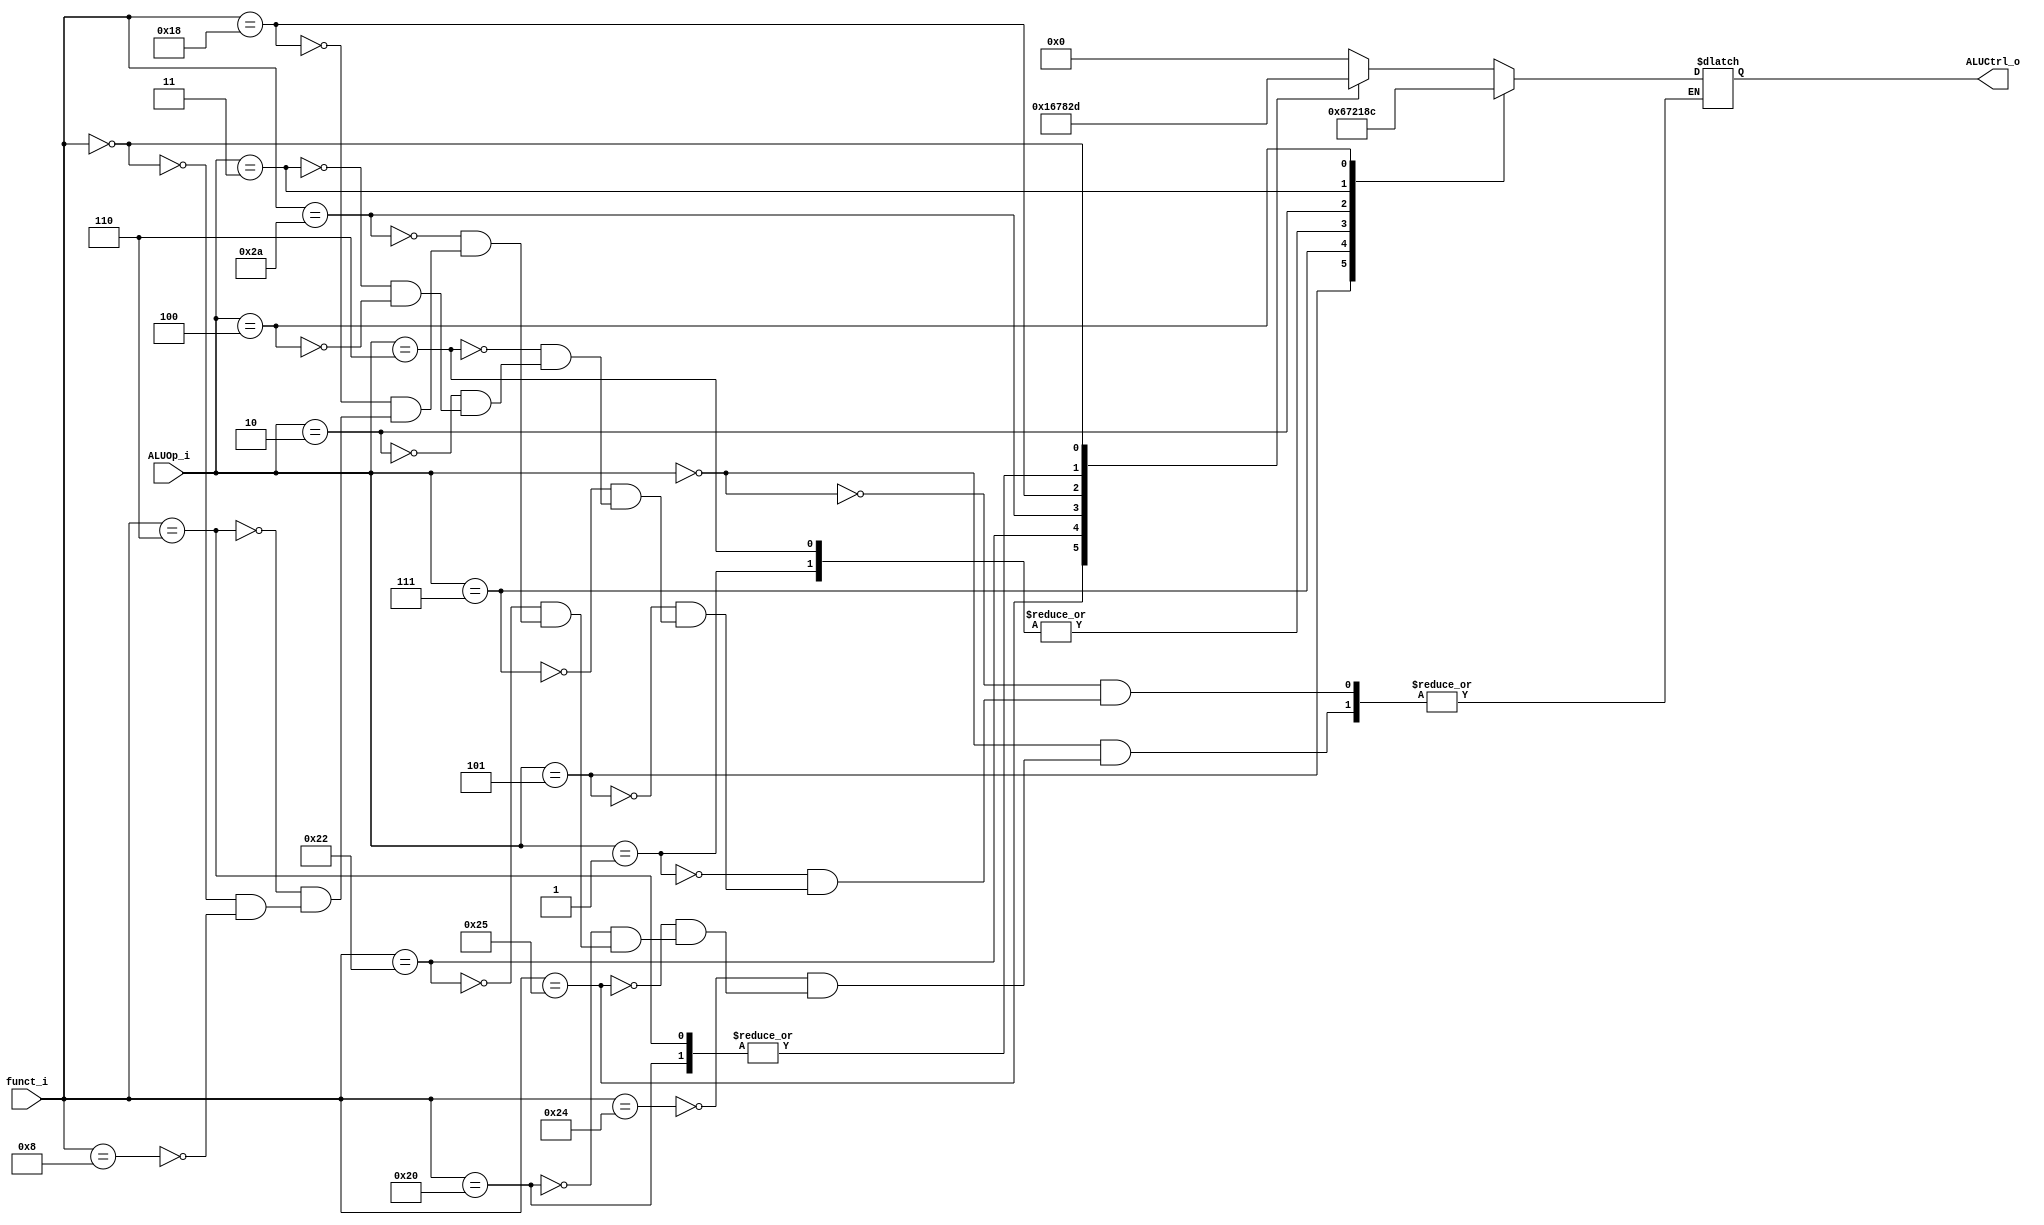
// Hu Dongyao(|) 0340191

//Subject:     CO project 2 - ALU Controller
//--------------------------------------------------------------------------------
//Version:     1
//--------------------------------------------------------------------------------
//Writer:      
//----------------------------------------------
//Date:        
//----------------------------------------------
//Description: 
//--------------------------------------------------------------------------------

module ALU_Ctrl(
          funct_i,
          ALUOp_i,
          ALUCtrl_o
          );
          
//I/O ports 
input      [6-1:0] funct_i;
input      [3-1:0] ALUOp_i;

output     [4-1:0] ALUCtrl_o;    
     
//Internal Signals
reg        [4-1:0] ALUCtrl_o;

//Parameter

       
//Select exact operation
always@(*) begin
    case(ALUOp_i)
	     //R-Type
		  3'b000:
            case (funct_i)
                6'b100100: ALUCtrl_o <= 4'b0000;    // and
                6'b100101: ALUCtrl_o <= 4'b0001;    // or
                6'b100000: ALUCtrl_o <= 4'b0010;    // add
                6'b100010: ALUCtrl_o <= 4'b0110;    // sub
                6'b101010: ALUCtrl_o <= 4'b0111;    // slt
					 6'b011000: ALUCtrl_o <= 4'b1000;    // mul
					 6'b000110: ALUCtrl_o <= 4'b0010;    // srlv
					 6'b000000: ALUCtrl_o <= 4'b1101;    // sll
					 6'b001000: ALUCtrl_o <= 4'b0000;    // jr
                //default:   ALUCtrl_o <= 4'bxxxx;  // Do not feed a ambiguous value to ALUCtrl.
            endcase
        3'b001:  ALUCtrl_o <= 4'b0010;               // addi
        3'b101:  ALUCtrl_o <= 4'b0110;               // beq bne bgt
        3'b111:  ALUCtrl_o <= 4'b0111;               // slti
		  3'b110:  ALUCtrl_o <= 4'b0010;               // lw sw
		  3'b010:  ALUCtrl_o <= 4'b0001;               // ori
		  3'b011:  ALUCtrl_o <= 4'b1000;               // bge
		  3'b100:  ALUCtrl_o <= 4'b1100;               // lui
        //default: ALUCtrl_o <= 4'bxxxx;
    endcase
end
endmodule